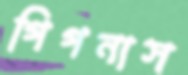
গিগনাস